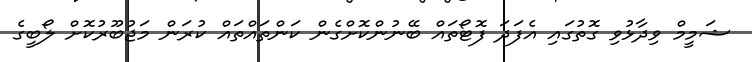
ޝަމީމް ވިދާޅުވި ގޮތުގައި އެފަދަ ފޮޓޯތައް ބޭނުންކޮށްގެން ކަންތައްތައް ކުރަން މަޖުބޫރުކޮށް ލޯބީގެ